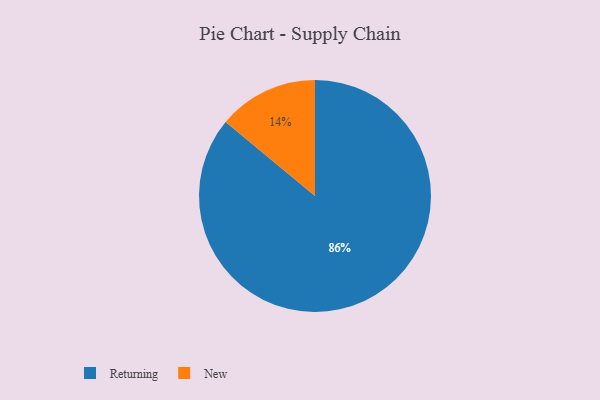
{"axis": {"x": "Category", "y": "Percentage"}, "legend": ["New", "Returning"], "data": [{"x": "Returning", "y": 86, "type": "Returning"}, {"x": "New", "y": 14, "type": "New"}]}